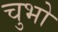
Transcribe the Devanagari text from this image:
चुभो